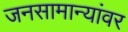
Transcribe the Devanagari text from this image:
जनसामान्यांवर